Civil Veterinary Dept. Bombay admin report 1923-31 - 1923-1931
Year: 1923
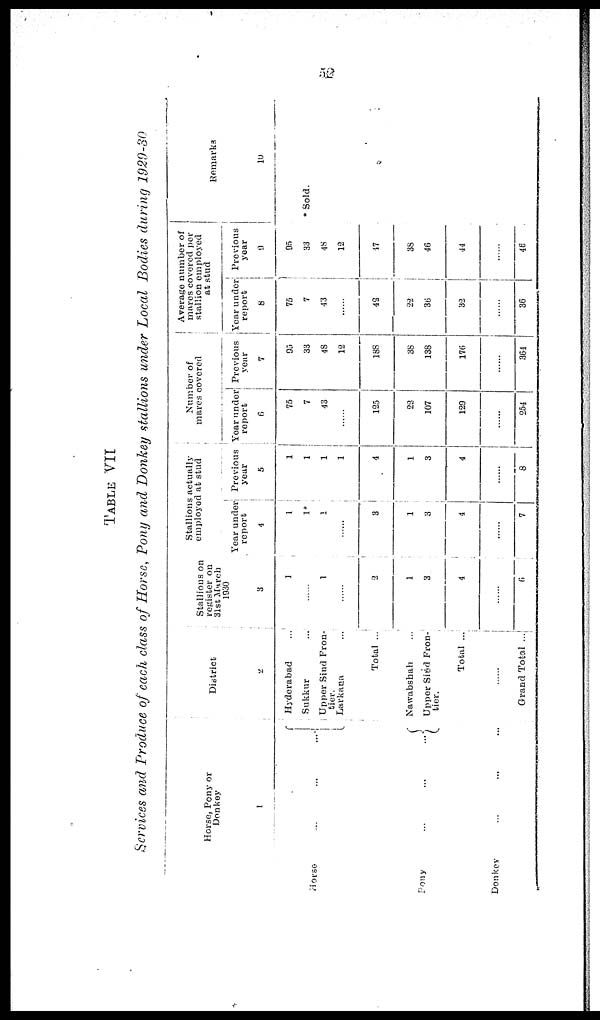
52
TABLE
VII
Services and Produce of each class of Horse, Pony and Donkey stallions under Local Bodies during 1929-30
Horse, Pony or
Donkey
1
Horse ... ... ...
Pony... ... ...
Donkey
...
...
...
District
2
Hyderabad ...
Sukkur
...
Upper Sind Fron-
tier.
Larkana ...
Total ...
Nawabshah ...
...
Upper Sind Front-
tier.
Total ...
......
Grand Total ...
Stallions on
register on
31st March
1930
3
1
......
1
......
2
1
3
4
......
6
Stallions actually
employed at stud
Year under
report
4
1
1*
1
......
3
1
3
4
......
7
Previous
year
5
1
1
1
1
4
1
3
4
......
8
Number of
mares covered
Year under
report
6
75
7
43
......
125
22
107
129
......
254
Previous
year
7
95
33
48
12
188
38
138
176
......
364
Average number of
mares covered per
stallion employed
at stud
Year under
report
8
75
7
43
......
42
22
36
32
......
36
Previous
year
9
95
33
48
12
47
38
46
44
......
46
Remarks
10
* Sold.